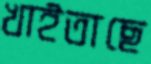
খাইতাছে